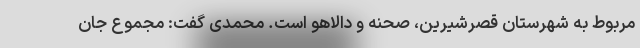
مربوط به شهرستان قصرشیرین، صحنه و دالاهو است. محمدی گفت: مجموع جان